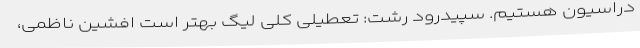
دراسیون هستیم. سپیدرود رشت: تعطیلی کلی لیگ بهتر است افشین ناظمی،